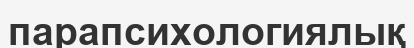
парапсихологиялық